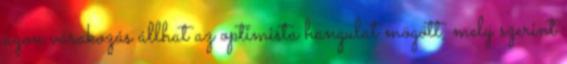
azon várakozás állhat az optimista hangulat mögött, mely szerint